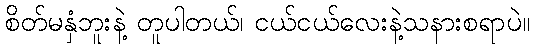
စိတ်မနှံဘူးနဲ့ တူပါတယ်၊ ငယ်ငယ်လေးနဲ့သနားစရာပဲ။